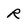
Character: R